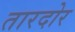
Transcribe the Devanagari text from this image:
तारदोर